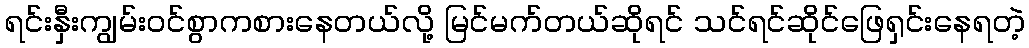
ရင်းနှီးကျွမ်းဝင်စွာကစားနေတယ်လို့ မြင်မက်တယ်ဆိုရင် သင်ရင်ဆိုင်ဖြေရှင်းနေရတဲ့